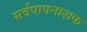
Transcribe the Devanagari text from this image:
सर्वपापनाशक